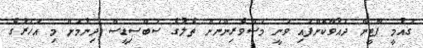
ގައުމީ ޕާޓީން ދައުވާކޮށްފައި ވަނީ މަސްވެރިންނަށް ތެލުގެ ސަބްސިޑީސް ދިނުމަށް މި އަހަރުގެ